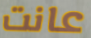
عانت